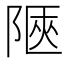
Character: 陿